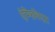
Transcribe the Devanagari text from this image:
ऐम्फिथिएटर